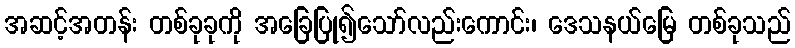
အဆင့်အတန်း တစ်ခုခုကို အခြေပြု၍သော်လည်းကောင်း၊ ဒေသနယ်မြေ တစ်ခုသည်